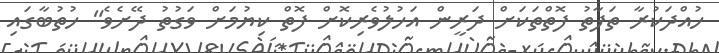
ހުއްދަކުރާ ތަފާތު ފޮތްތަކަށް ދަރީން އަހުލުވެރިކޮށް ފޮތް ކިޔުމަށް ވަގުތު ދޭށެވެ" ހުތުބާގައި